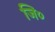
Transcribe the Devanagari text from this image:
जि०